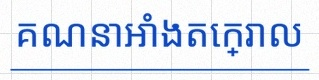
គណនាអាំងតេក្រាល